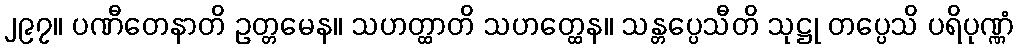
၂၉၇။ ပဏီတေနာတိ ဥတ္တမေန။ သဟတ္ထာတိ သဟတ္ထေန။ သန္တပ္ပေသီတိ သုဋ္ဌု တပ္ပေသိ ပရိပုဏ္ဏံ